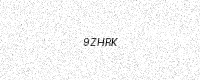
Text: 9ZHRK